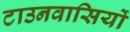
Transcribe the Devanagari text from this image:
टाउनवासियों